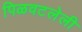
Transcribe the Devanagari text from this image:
पिळवटलेली